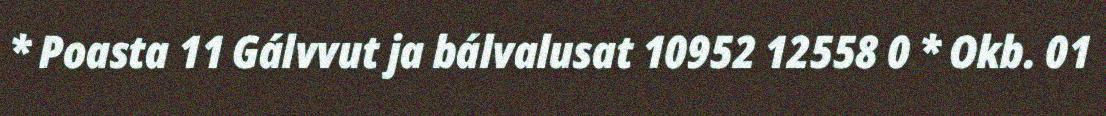
* Poasta 11 Gálvvut ja bálvalusat 10952 12558 0 * Okb. 01